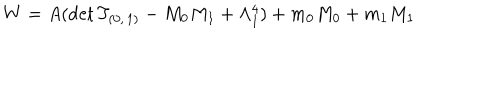
W = A ( \mathrm { d e t } \, T _ { ( 0 , \, 1 ) } - M _ { 0 } M _ { 1 } + \Lambda _ { 1 } ^ { 4 } ) + m _ { 0 } M _ { 0 } + m _ { 1 } M _ { 1 }